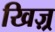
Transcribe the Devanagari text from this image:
खिज़्र